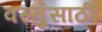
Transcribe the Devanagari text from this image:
वस्तुंसाठी